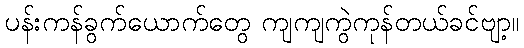
ပန်းကန်ခွက်ယောက်တွေ ကျကျကွဲကုန်တယ်ခင်ဗျာ့။